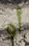
أو